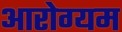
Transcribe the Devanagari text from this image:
आरोग्यम